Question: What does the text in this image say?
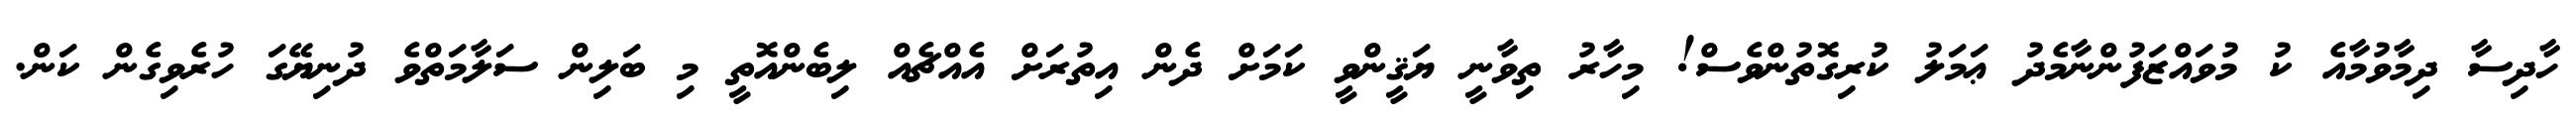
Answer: ހާދިސާ ދިމާވުމާއެ ކު މުވައްޒަފުންނާމެދު ޢަމަލު ކުރިގޮތުންވެސް! މިހާރު ތިވާނީ ޔަޤީންވީ ކަމަށް ދެން އިތުރަށް އެއްޗެއް ލިބެންއޮތީ މި ބަލިން ސަލާމަތްވެ ދުނިޔޭގަ ހުރެވިގެން ކަން.